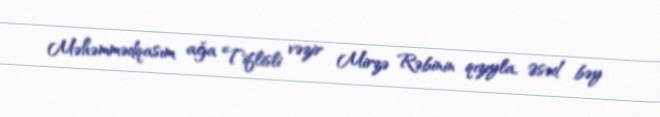
Məhəmmədqasım ağa Tiflisli vəzir Mirzə Rəbinin qızıyla, Əsəd bəy